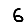
Digit: 6